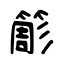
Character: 簓